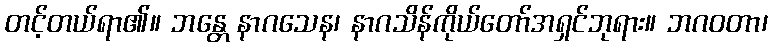
တင့်တယ်ရာ၏။ ဘန္တေ နာဂသေန၊ နာဂသိန်ကိုယ်တော်အရှင်ဘုရား။ ဘဂဝတာ၊